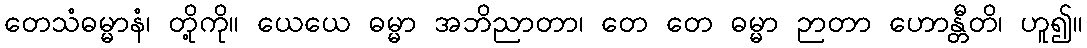
တေသံဓမ္မာနံ၊ တို့ကို။ ယေယေ ဓမ္မာ အဘိညာတာ၊ တေ တေ ဓမ္မာ ဉာတာ ဟောန္တီတိ၊ ဟူ၍။